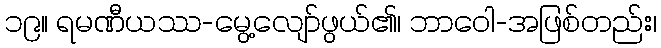
၁၉။ ရမဏီယဿ-မွေ့လျော်ဖွယ်၏၊ ဘာဝေါ-အဖြစ်တည်း၊